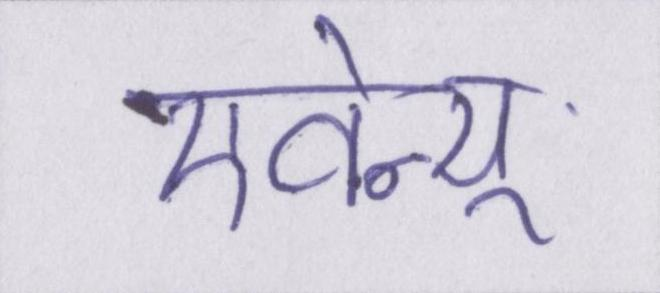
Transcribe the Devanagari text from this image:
एवेन्यू